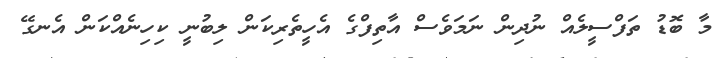
މާ ބޮޑު ތަފްސީލެއް ނުދިން ނަމަވެސް އާތިފްގެ އެހީތެރިކަން ލިބުނީ ކިހިނެއްކަން އެނގޭ